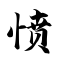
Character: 愤